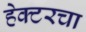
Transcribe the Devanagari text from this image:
हेक्टरचा